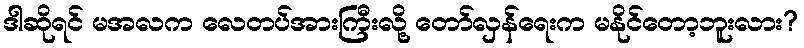
ဒါဆိုရင် မအလက လေတပ်အားကြီးလို့ တော်လှန်ရေးက မနိုင်တော့ဘူးလား?